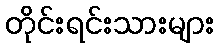
တိုင်းရင်းသားများ